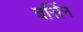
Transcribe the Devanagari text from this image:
बर्सिन